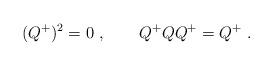
LaTeX: \begin{align*}(Q^+)^2=0\ ,\qquad Q^+QQ^+=Q^+\ . \end{align*}